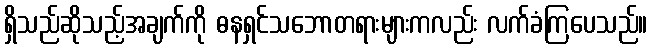
ရှိသည်ဆိုသည့်အချက်ကို ဓနရှင်သဘောတရားများကလည်း လက်ခံကြပေသည်။